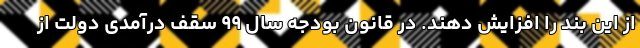
از این بند را افزایش دهند. در قانون بودجه سال ۹۹ سقف درآمدی دولت از